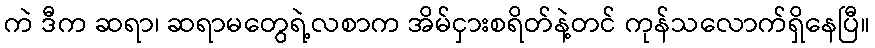
ကဲ ဒီက ဆရာ၊ ဆရာမတွေရဲ့လစာက အိမ်ငှားစရိတ်နဲ့တင် ကုန်သလောက်ရှိနေပြီ။